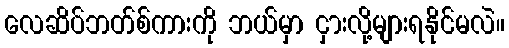
လေဆိပ်ဘတ်စ်ကားကို ဘယ်မှာ ငှားလို့များရနိုင်မလဲ။